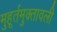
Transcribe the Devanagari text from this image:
मुहूर्तमुक्तावली